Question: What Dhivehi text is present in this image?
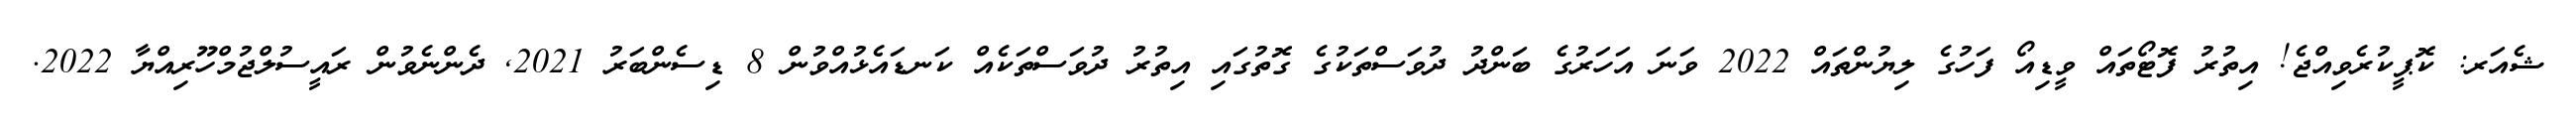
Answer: ޝެއަރ: ކޮޕީކުރެވިއްޖެ! އިތުރު ފޮޓޯތައް ވީޑިއޯ ފަހުގެ ލިޔުންތައް 2022 ވަނަ އަހަރުގެ ބަންދު ދުވަސްތަކުގެ ގޮތުގައި އިތުރު ދުވަސްތަކެއް ކަނޑައެޅުއްވުން 8 ޑިސެންބަރު 2021, ދެންނެވުން ރައީސުލްޖުމްހޫރިއްޔާ 2022.